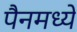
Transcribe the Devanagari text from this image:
पैनमध्ये